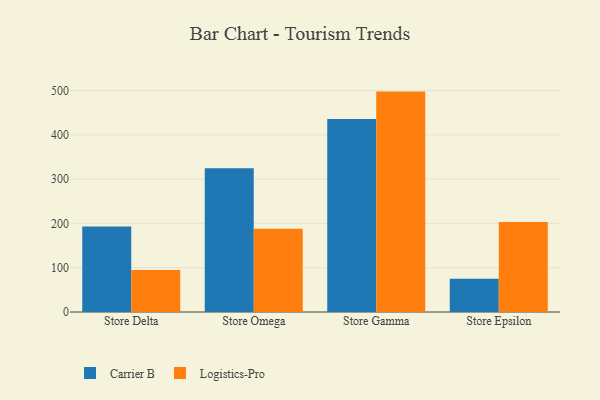
{"axis": {"x": "Store", "y": "Website Visitors"}, "legend": ["Carrier B", "Logistics-Pro"], "data": [{"x": "Store Delta", "y": 192.9, "type": "Carrier B"}, {"x": "Store Delta", "y": 95.1, "type": "Logistics-Pro"}, {"x": "Store Omega", "y": 324.6, "type": "Carrier B"}, {"x": "Store Omega", "y": 187.9, "type": "Logistics-Pro"}, {"x": "Store Gamma", "y": 436.1, "type": "Carrier B"}, {"x": "Store Gamma", "y": 497.8, "type": "Logistics-Pro"}, {"x": "Store Epsilon", "y": 75.2, "type": "Carrier B"}, {"x": "Store Epsilon", "y": 203.3, "type": "Logistics-Pro"}]}